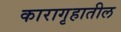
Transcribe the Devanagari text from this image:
कारागृहातील